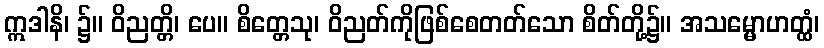
ဣဒါနိ၊ ၌။ ဝိညတ္တိ၊ ပေ။ စိတ္တေသု၊ ဝိညတ်ကိုဖြစ်စေတတ်သော စိတ်တို့၌။ အသမ္မောဟတ္ထံ၊